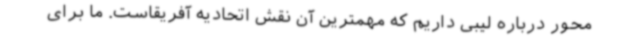
محور درباره لیبی داریم که مهمترین آن نقش اتحادیه آفریقاست. ما برای